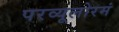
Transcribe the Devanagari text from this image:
परव्यूलोरमं